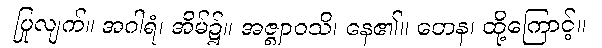
ပြုလျက်။ အဂါရံ၊ အိမ်၌။ အဇ္ဈာဝသိ၊ နေ၏။ တေန၊ ထို့ကြောင့်။